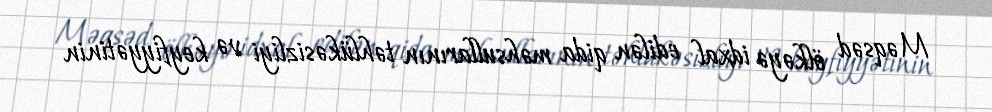
Məqsəd ölkəyə idxal edilən qida məhsullarının təhlükəsizliyi və keyfiyyətinin